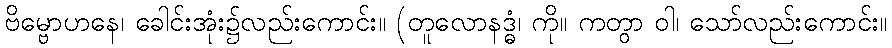
ဗိမ္ဗောဟနေ၊ ခေါင်းအုံး၌လည်းကောင်း။ (တူလောနဒ္ဓံ၊ ကို။ ကတွာ ဝါ၊ သော်လည်းကောင်း။